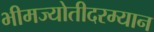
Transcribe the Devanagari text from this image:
भीमज्योतीदरम्यान